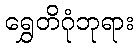
ရွှေတိဂုံဘုရား